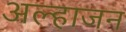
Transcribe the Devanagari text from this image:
अल्हाजन